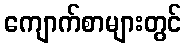
ကျောက်စာများတွင်